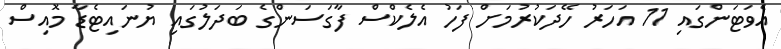
އެވަޓަންގައި 11 އަހަރު ހޭދަކުރުމަށް ފަހު އެލެކްސް ފާގަސަންގެ ބަދަލުގައި ޔުނައިޓެޑާ މޮއިސް